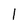
Character: l